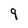
Character: 9